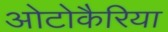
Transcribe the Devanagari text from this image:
ओटोकैरिया